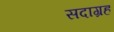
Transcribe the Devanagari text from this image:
सदाग्रह